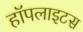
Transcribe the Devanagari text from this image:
हॉपलाइटस